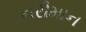
નરીમાન